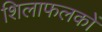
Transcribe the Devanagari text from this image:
शिलाफलकों